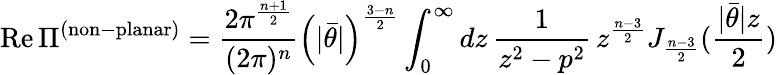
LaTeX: \mathrm{Re}\, \Pi^{\mathrm{(non\mathrm{-}planar)}}=\frac{2\pi^{\frac{n+1}{2}}}{(2\pi)^{n}}\left(|\bar{\theta}|\right)^{\frac{3-n}{2}}\int_{0}^{\infty}dz\, \frac{1}{z^{2}-p^{2}}\, z^{\frac{n-3}{2}}J_{\frac{n-3}{2}}(\frac{|\bar{\theta}|z}{2})